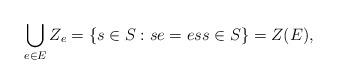
LaTeX: \begin{align*}\bigcup_{e \in E} Z_e = \{ s \in S : se = es s \in S\} = Z(E),\end{align*}